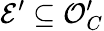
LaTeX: {\mathcal{E}}^{\prime}\subseteq{\mathcal{O}}_{C}^{\prime}